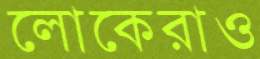
লোকেরাও